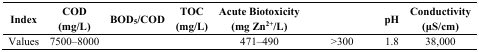
<table><thead><tr><td><b>Index</b></td><td><b>COD (mg/L)</b></td><td><b>BOD<sub>5</sub>/COD</b></td><td><b>TOC (mg/L)</b></td><td><b>Acute Biotoxicity (mg Zn<sup>2+</sup>/L)</b></td><td>[EMPTY_CELL]</td><td><b>pH</b></td><td><b>Conductivity (μS/cm)</b></td></tr></thead><tbody><tr><td>Values</td><td>7500–8000</td><td>[EMPTY_CELL]</td><td>[EMPTY_CELL]</td><td>471–490</td><td>&gt;300</td><td>1.8</td><td>38,000</td></tr></tbody></table>